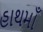
હાથમાઁ